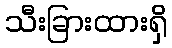
သီးခြားထားရှိ